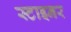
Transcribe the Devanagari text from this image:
स्टाइनर